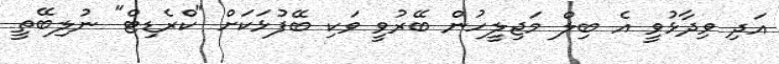
އަދި ވިދާޅުވީ އެ ބިލް މަޖިލީހުން ބޭރުވީ ވަކި ބޭފުޅަކަށް "ކްރެޑިޓް" ނުލިބޭތީ